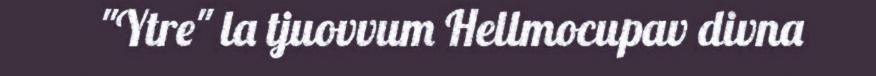
"Ytre" la tjuovvum Hellmocupav divna